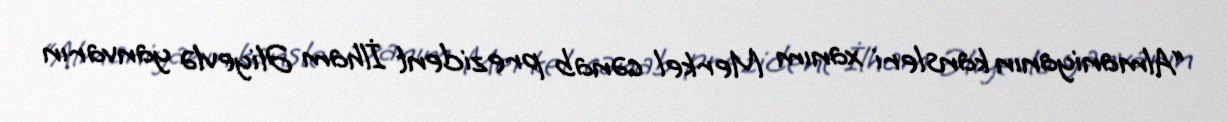
“Almaniyanın kansleri xanım Merkel cənab prezident İlham Əliyevlə yanvarın